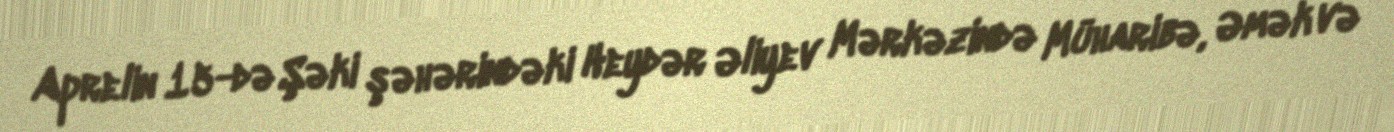
Aprelin 15-də Şəki şəhərindəki Heydər Əliyev Mərkəzində Müharibə, Əmək və